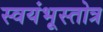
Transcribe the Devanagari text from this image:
स्वयंभूस्तोत्र